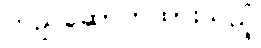
တည်ဆောက်ထားသည့်